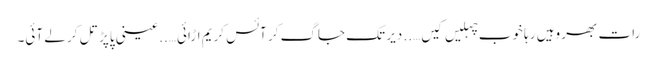
رات بھر وہیں رہا خوب چہلیں کیں….. دیر تک جاگ کر آئس کریم اڑائی…..عینی پاپڑ تل کر لے آئی۔